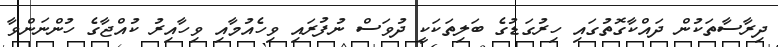
ދިރާސާތަކުން ދައްކާގޮތުގައި ހިރުގަޑުގެ ބަލިތަކަކީ ދުވަސް ނުފުރައި ވިހެއުމާއި ވިހާއިރު ކުއްޖާގެ ހުންނަންވާ